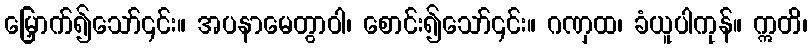
မြှောက်၍သော်၎င်း။ အပနာမေတွာဝါ၊ စောင်း၍သော်၎င်း။ ဂဏှထ၊ ခံယူပါကုန်။ ဣတိ၊